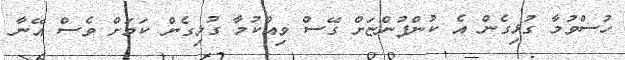
ހުސްވުމާ ގުޅިގެން އެ ކުންފުންޏަށް ގޭސް ވިއްކުމާ ގުޅިގެން ކަމަށް ވެސް އޭނާ